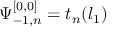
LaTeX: \Psi _ { - 1 , n } ^ { [ 0 , 0 ] } = t _ { n } ( l _ { 1 } )